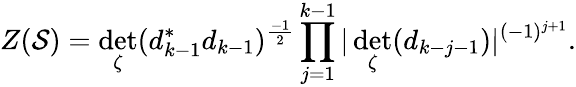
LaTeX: Z({\cal S})=\operatorname*{det}_{\zeta}(d_{k-1}^{*}d_{k-1})^{\frac{-1}{2}}\prod_{j=1}^{k-1}\vert\operatorname*{det}_{\zeta}(d_{k-j-1})\vert^{(-1)^{j+1}}.